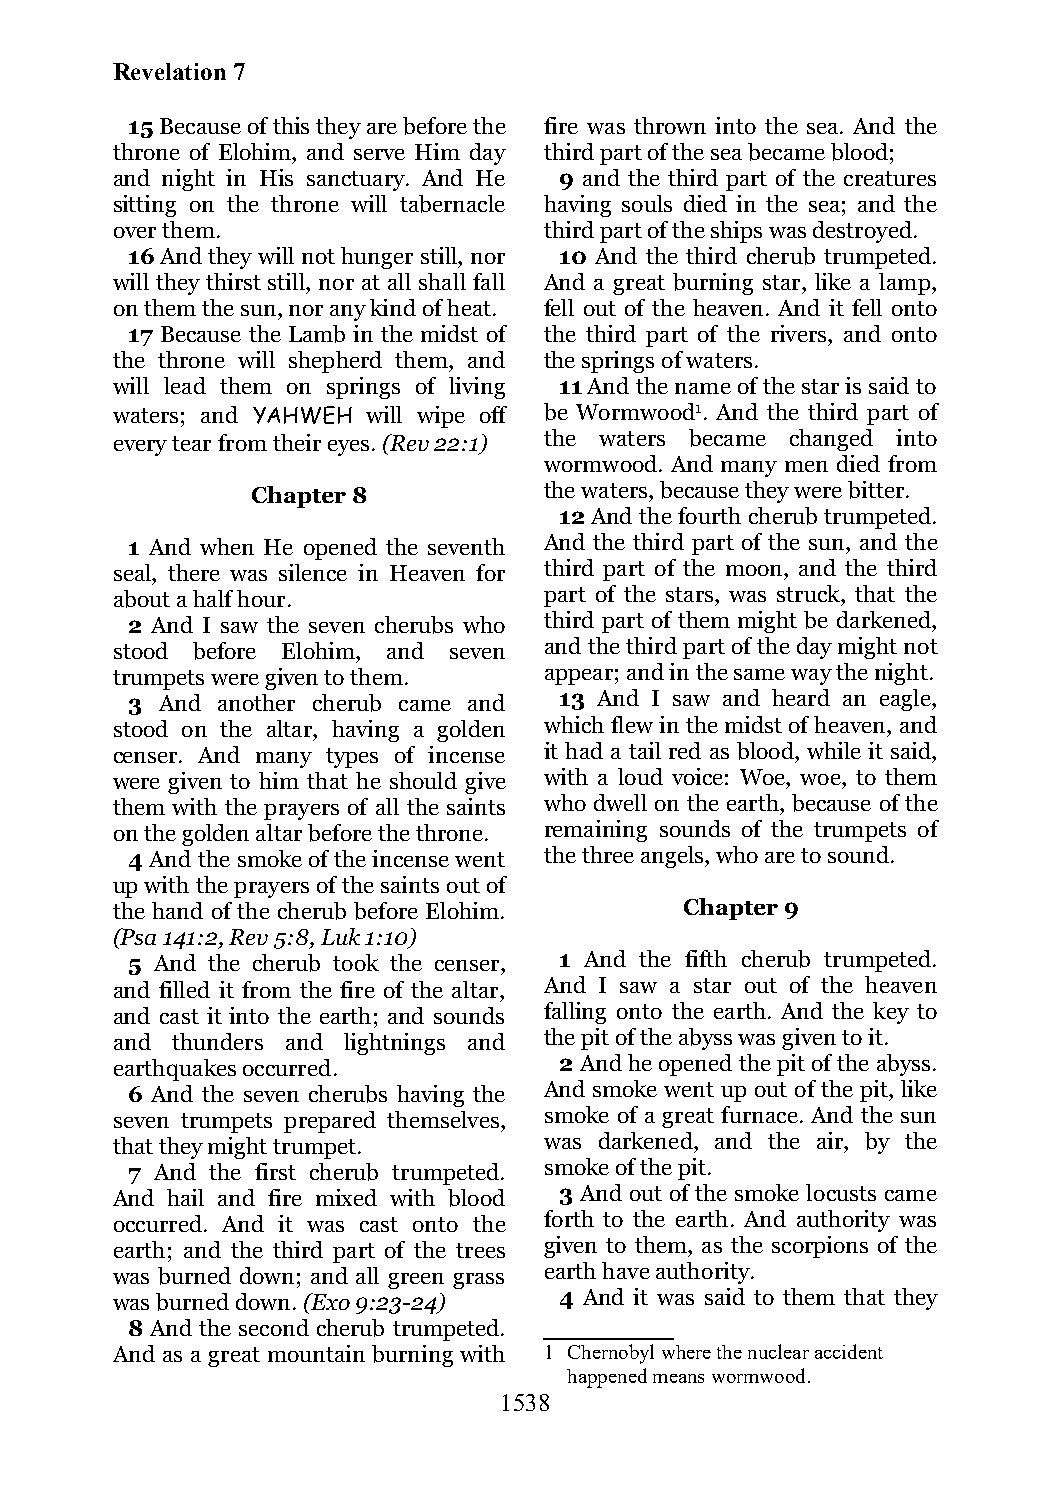
Revelation 7
 15 Because of this they are before the fire was thrown into the sea. And the
 throne of Elohim, and serve Him day third part of the sea became blood;
 and night in His sanctuary. And He 9 and the third part of the creatures
 sitting on the throne will tabernacle having souls died in the sea; and the
 over them.                   third part of the ships was destroyed.
 16 And they will not hunger still, nor 10 And the third cherub trumpeted.
 will they thirst still, nor at all shall fall And a great burning star, like a lamp,
 on them the sun, nor any kind of heat. fell out of the heaven. And it fell onto
 17 Because the Lamb in the midst of the third part of the rivers, and onto
 the throne will shepherd them, and the springs of waters.
 will lead them on springs of living 11 And the name of the star is said to
 waters; and YAHWEH will wipe off be Wormwood1. And the third part of
 every tear from their eyes. (Rev 22:1) the waters became changed into
 wormwood. And many men died from
 Chapter 8          the waters, because they were bitter.
 12 And the fourth cherub trumpeted.
 1 And when He opened the seventh And the third part of the sun, and the
 seal, there was silence in Heaven for third part of the moon, and the third
 about a half hour.           part of the stars, was struck, that the
 2 And I saw the seven cherubs who third part of them might be darkened,
 stood before Elohim, and seven and the third part of the day might not
 trumpets were given to them. appear; and in the same way the night.
 3  And another cherub came and 13 And I saw and heard an eagle,
 stood on the altar, having a golden which flew in the midst of heaven, and
 censer. And many types of incense it had a tail red as blood, while it said,
 were given to him that he should give with a loud voice: Woe, woe, to them
 them with the prayers of all the saints who dwell on the earth, because of the
 on the golden altar before the throne. remaining sounds of the trumpets of
 4 And the smoke of the incense went the three angels, who are to sound.
 up with the prayers of the saints out of
 the hand of the cherub before Elohim. Chapter 9
 (Psa 141:2, Rev 5:8, Luk 1:10)
 5 And the cherub took the censer, 1 And the fifth cherub trumpeted.
 and filled it from the fire of the altar, And I saw a star out of the heaven
 and cast it into the earth; and sounds falling onto the earth. And the key to
 and thunders and lightnings and the pit of the abyss was given to it.
 earthquakes occurred.         2 And he opened the pit of the abyss.
 6 And the seven cherubs having the And smoke went up out of the pit, like
 seven trumpets prepared themselves, smoke of a great furnace. And the sun
 that they might trumpet.     was darkened, and the air, by the
 7 And the first cherub trumpeted. smoke of the pit.
 And hail and fire mixed with blood 3 And out of the smoke locusts came
 occurred. And it was cast onto the forth to the earth. And authority was
 earth; and the third part of the trees given to them, as the scorpions of the
 was burned down; and all green grass earth have authority.
 was burned down. (Exo 9:23-24) 4 And it was said to them that they
 8 And the second cherub trumpeted.
 And as a great mountain burning with 1 Chernobyl where the nuclear accident
 happened means wormwood.
 1538